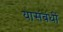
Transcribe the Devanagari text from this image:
यासंबंधीं